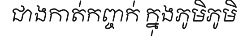
ជាងកាត់កញ្ចក់ ក្នុងភូមិភូមិ